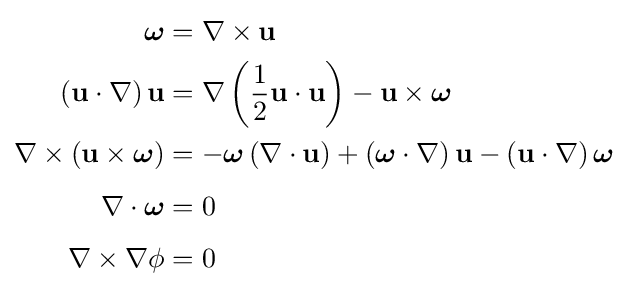
{\begin{aligned}{\boldsymbol {\omega }}&=\nabla \times \mathbf {u} \\\left(\mathbf {u} \cdot \nabla \right)\mathbf {u} &=\nabla \left({\frac {1}{2}}\mathbf {u} \cdot \mathbf {u} \right)-\mathbf {u} \times {\boldsymbol {\omega }}\\\nabla \times \left(\mathbf {u} \times {\boldsymbol {\omega }}\right)&=-{\boldsymbol {\omega }}\left(\nabla \cdot \mathbf {u} \right)+\left({\boldsymbol {\omega }}\cdot \nabla \right)\mathbf {u} -\left(\mathbf {u} \cdot \nabla \right){\boldsymbol {\omega }}\\[4pt]\nabla \cdot {\boldsymbol {\omega }}&=0\\[4pt]\nabla \times \nabla \phi &=0\end{aligned}}